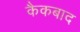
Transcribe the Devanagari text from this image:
कैकबाद